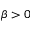
\beta > 0